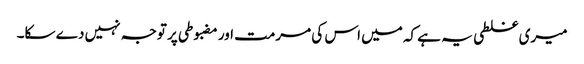
میری غلطی یہ ہے کہ میں اس کی مرمت اور مضبوطی پر توجہ نہیں دے سکا۔